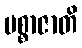
ပစ္စာဇာတိ